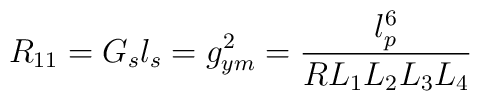
R_{11}=G_{s} l_{s}=g_{ym}^{2}=\frac{l_{p}^{6}}{RL_1 L_2 L_3 L_4 }